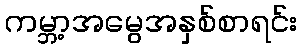
ကမ္ဘာ့အမွေအနှစ်စာရင်း